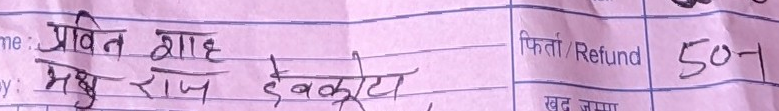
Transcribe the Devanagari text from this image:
प्रविन शाह
मध्य राज देवकोटा
फिर्ता /Refund 507
खद जम्मा